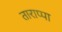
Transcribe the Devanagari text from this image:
ताराप्पा